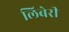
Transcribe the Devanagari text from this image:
लिबेरी